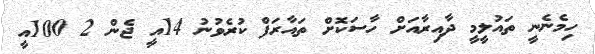
ހިމެނެނީ ތައުލީމީ ދާއިރާއަށް ހާސަކޮށް ތައާރަފް ކުރެވުނު 14އީ ޖެން 2 100އީ